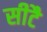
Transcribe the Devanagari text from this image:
सीटै